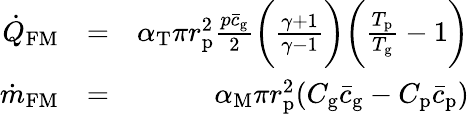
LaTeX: \begin{array}{rlr}{\dot{Q}_{\mathrm{FM}}}&{=}&{\alpha_{\mathrm{T}}\pi r_{\mathrm{p}}^{2}\frac{p\bar{c}_{\mathrm{g}}}{2}\bigg(\frac{\gamma+1}{\gamma-1}\bigg)\bigg(\frac{T_{\mathrm{p}}}{T_{\mathrm{g}}}-1\bigg)}\\ {\dot{m}_{\mathrm{FM}}}&{=}&{\alpha_{\mathrm{M}}\pi r_{\mathrm{p}}^{2}(C_{\mathrm{g}}\bar{c}_{\mathrm{g}}-C_{\mathrm{p}}\bar{c}_{\mathrm{p}})}\end{array}